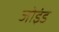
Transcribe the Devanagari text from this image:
जोइंड